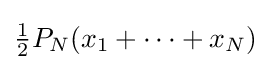
\textstyle {{1 \over 2}P_{N}(x_{1}+\cdots +x_{N})}